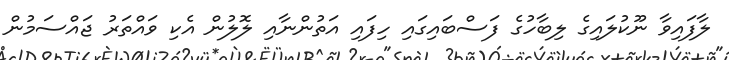
ލާފައިވާ ނޫކުލައިގެ ލިބާހުގެ ފަސްބައިގައި ހިފައި އަތުންނާއި ލޮލުން އެކި ވައްތަރު ޖައްސަމުން